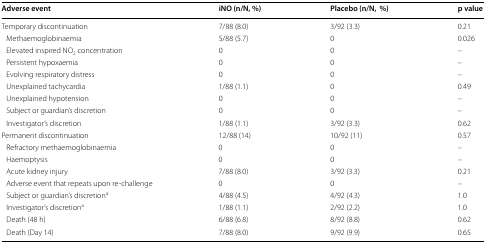
<table><thead><tr><td><b>Adverse event</b></td><td><b>iNO (n/N, %)</b></td><td><b>Placebo (n/N,%)</b></td><td><b>p value</b></td></tr></thead><tbody><tr><td>Temporary discontinuation</td><td>7/88 (8.0)</td><td>3/92 (3.3)</td><td>0.21</td></tr><tr><td> Methaemoglobinaemia</td><td>5/88 (5.7)</td><td>0</td><td>0.026</td></tr><tr><td> Elevated inspired NO<sub>2</sub> concentration</td><td>0</td><td>0</td><td>–</td></tr><tr><td> Persistent hypoxaemia</td><td>0</td><td>0</td><td>–</td></tr><tr><td> Evolving respiratory distress</td><td>0</td><td>0</td><td>–</td></tr><tr><td> Unexplained tachycardia</td><td>1/88 (1.1)</td><td>0</td><td>0.49</td></tr><tr><td> Unexplained hypotension</td><td>0</td><td>0</td><td>–</td></tr><tr><td> Subject or guardian’s discretion</td><td>0</td><td>0</td><td>–</td></tr><tr><td> Investigator’s discretion</td><td>1/88 (1.1)</td><td>3/92 (3.3)</td><td>0.62</td></tr><tr><td>Permanent discontinuation</td><td>12/88 (14)</td><td>10/92 (11)</td><td>0.57</td></tr><tr><td> Refractory methaemoglobinaemia</td><td>0</td><td>0</td><td>–</td></tr><tr><td> Haemoptysis</td><td>0</td><td>0</td><td>–</td></tr><tr><td> Acute kidney injury</td><td>7/88 (8.0)</td><td>3/92 (3.3)</td><td>0.21</td></tr><tr><td> Adverse event that repeats upon re-challenge</td><td>0</td><td>0</td><td>–</td></tr><tr><td> Subject or guardian’s discretion<sup>a</sup></td><td>4/88 (4.5)</td><td>4/92 (4.3)</td><td>1.0</td></tr><tr><td> Investigator’s discretion<sup>a</sup></td><td>1/88 (1.1)</td><td>2/92 (2.2)</td><td>1.0</td></tr><tr><td> Death (48 h)</td><td>6/88 (6.8)</td><td>8/92 (8.8)</td><td>0.62</td></tr><tr><td> Death (Day 14)</td><td>7/88 (8.0)</td><td>9/92 (9.9)</td><td>0.65</td></tr></tbody></table>